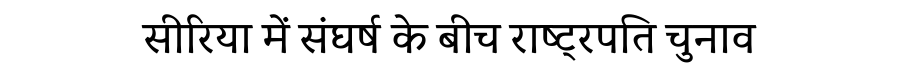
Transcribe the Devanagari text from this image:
सीरिया में संघर्ष के बीच राष्ट्रपति चुनाव